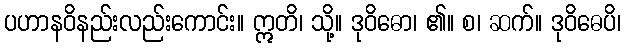
ပဟာနဝိနည်းလည်းကောင်း။ ဣတိ၊ သို့။ ဒုဝိဓော၊ ၏။ စ၊ ဆက်။ ဒုဝိဓေပိ၊